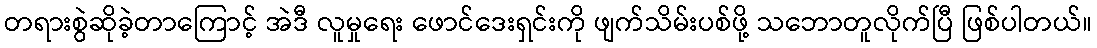
တရားစွဲဆိုခဲ့တာကြောင့် အဲဒီ လူမှုရေး ဖောင်ဒေးရှင်းကို ဖျက်သိမ်းပစ်ဖို့ သဘောတူလိုက်ပြီ ဖြစ်ပါတယ်။